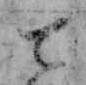
て